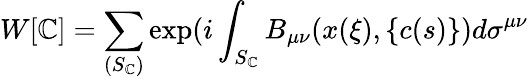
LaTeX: W[\mathbb{C}]=\sum_{(S_{\mathbb{C}})}\exp(i\int_{S_{\mathbb{C}}}B_{\mu\nu}(x(\xi),\{ c(s)\} )d\sigma^{\mu\nu}